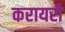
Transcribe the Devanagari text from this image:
करायरी